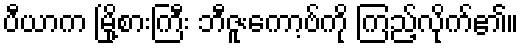
ပီယာက မြို့စားကြီး ဘီဇူးကော့ဗ်ကို ကြည့်လိုက်၏။